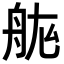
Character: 𮎅